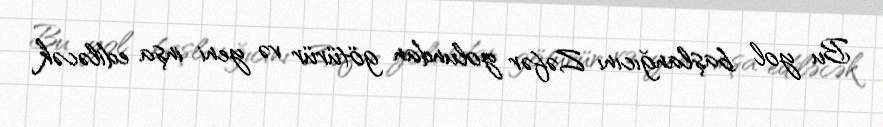
Bu yol başlanğıcını Zəfər yolundan götürür və yeni inşa ediləcək